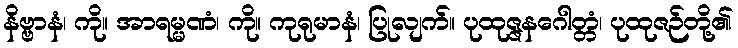
နိဗ္ဗာနံ၊ ကို။ အာရမ္မဏံ၊ ကို။ ကုရုမာနံ၊ ပြုလျက်။ ပုထုဇ္ဇနဂေါတ္တံ၊ ပုထုဇဉ်တို့၏